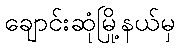
ချောင်းဆုံမြို့နယ်မှ